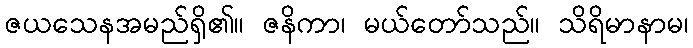
ဇယသေနအမည်ရှိ၏။ ဇနိကာ၊ မယ်တော်သည်။ သိရိမာနာမ၊